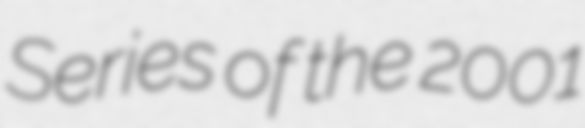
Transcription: Series of the 2001